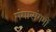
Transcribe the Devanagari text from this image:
गंगासंगमों